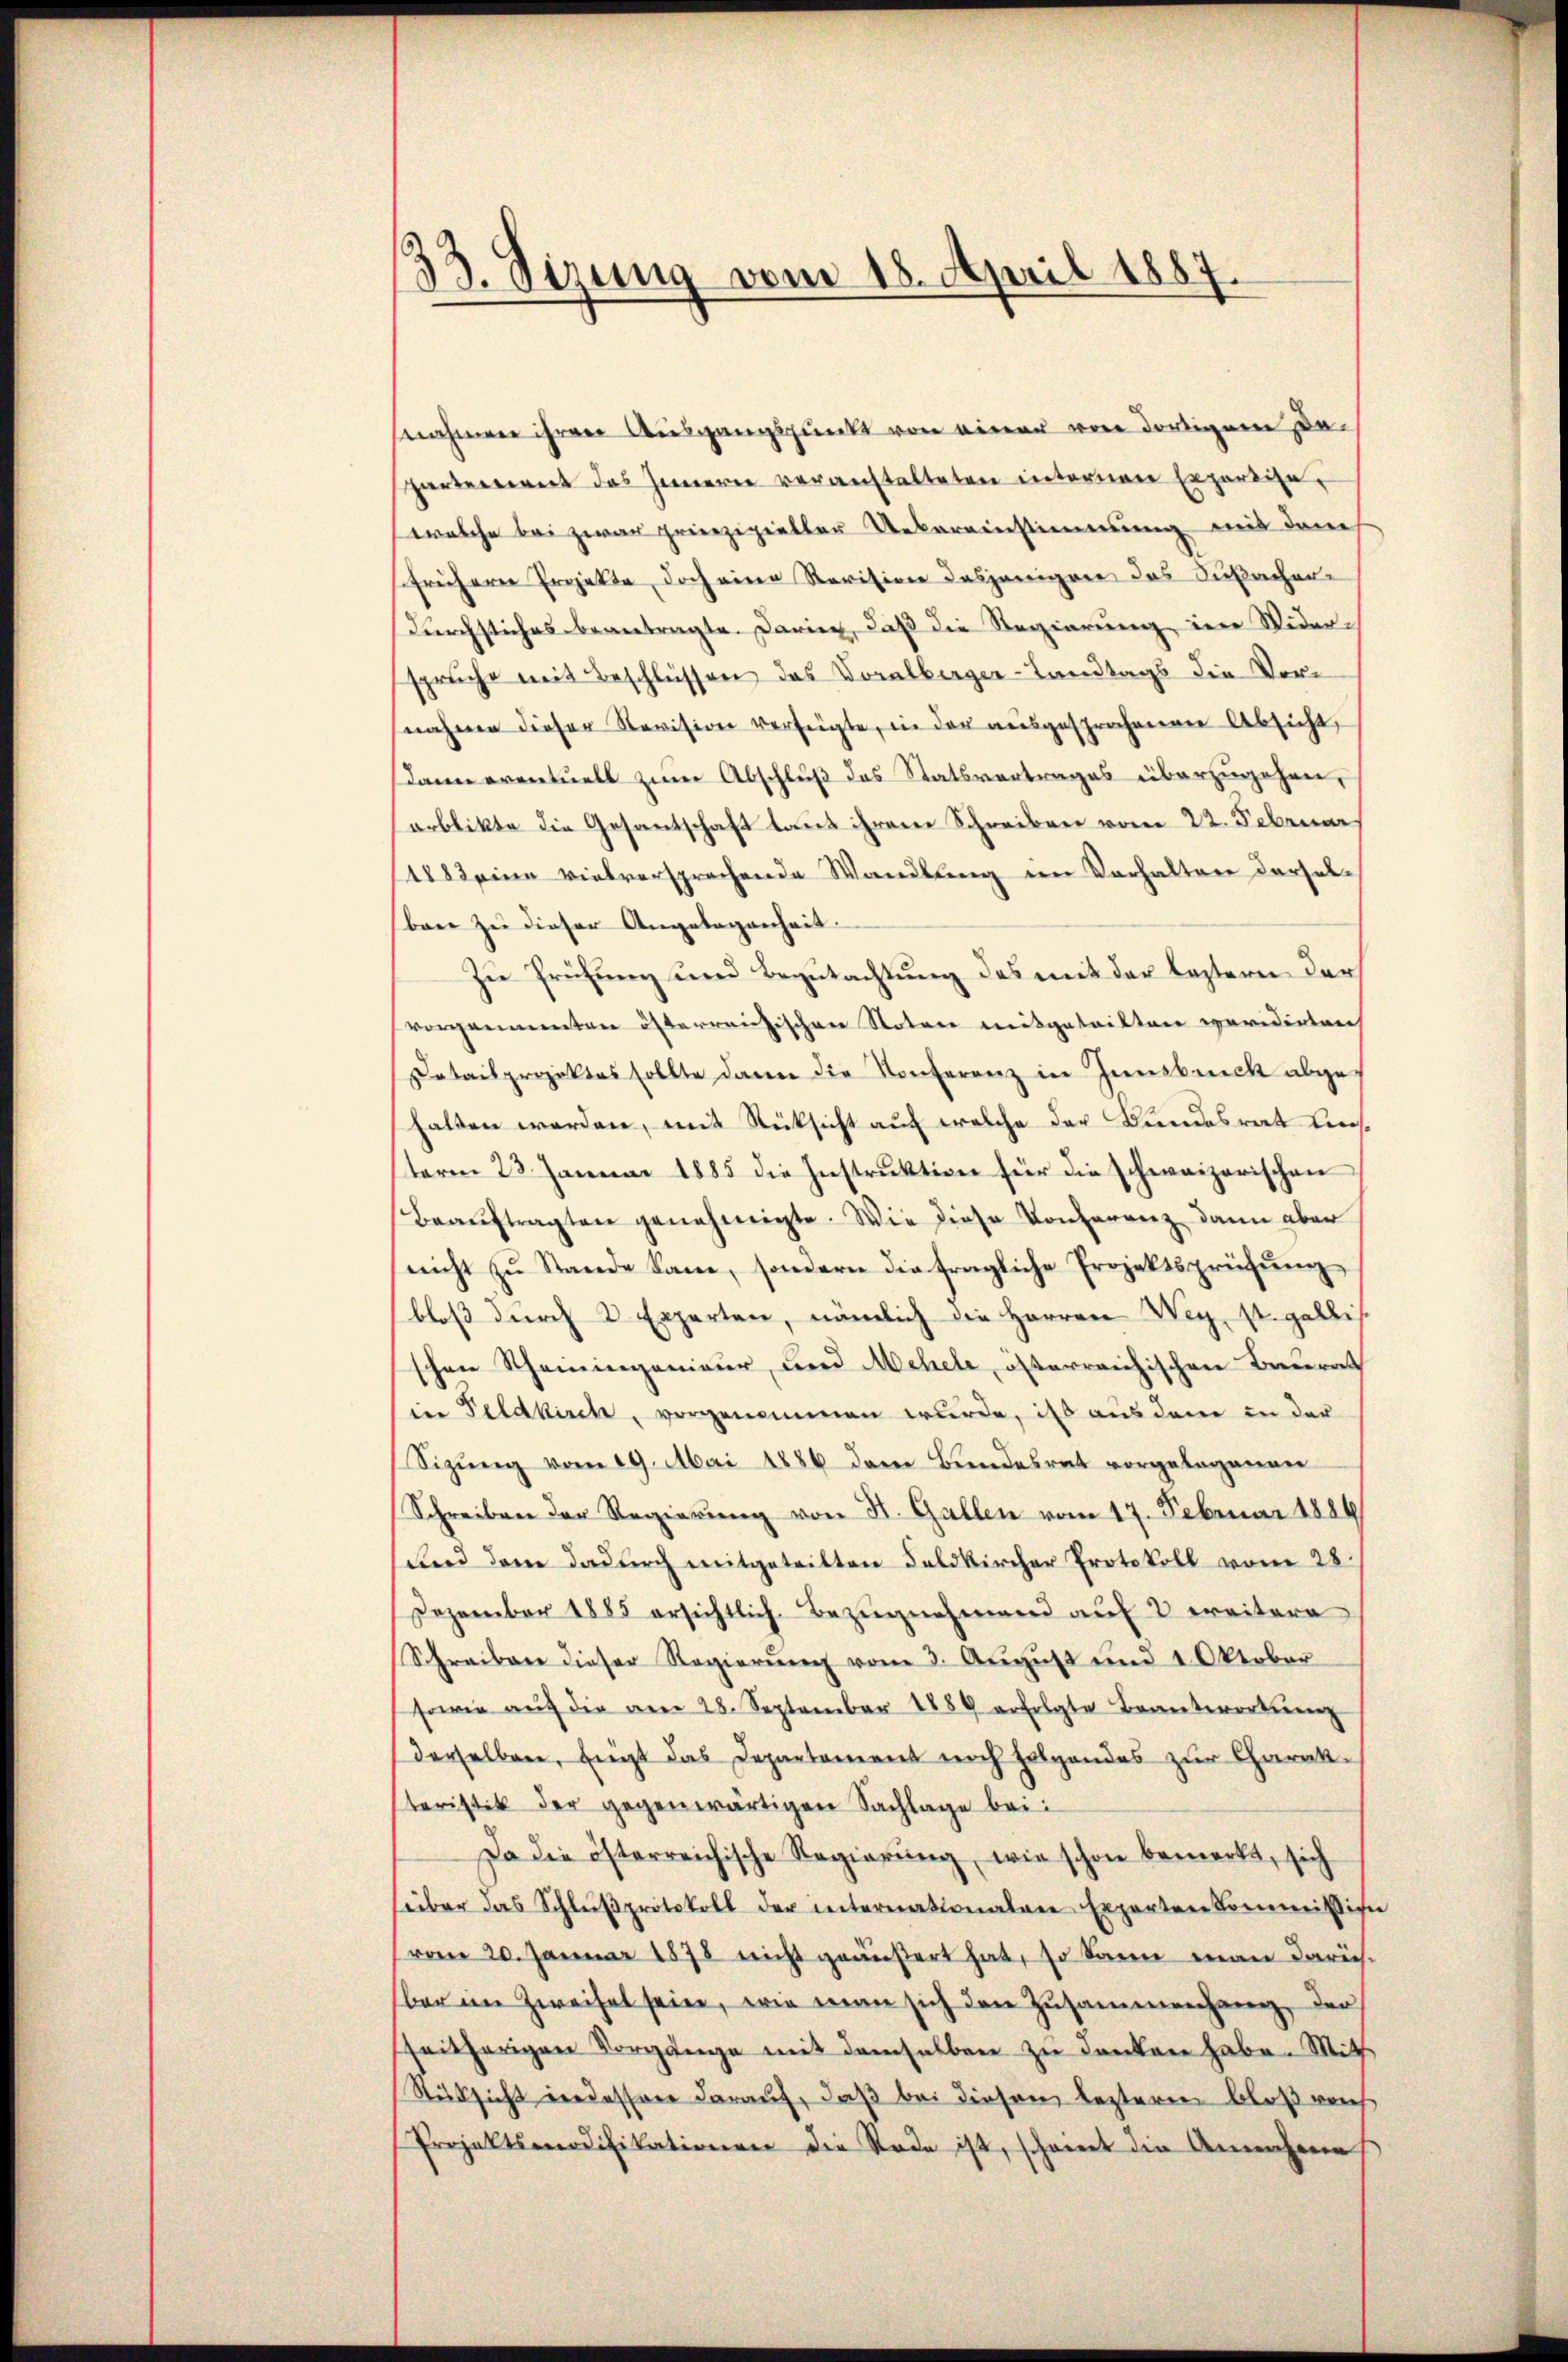
33. Sizung vom 18. April 1887.

nahmen ihren Ausgangspunkt von einer von dortigem Daparteriret das Innern veranstalteten interner Erzärtige,
welche bei zwar prinzipieller Uebereinstimmung mit dene
früherer Projekte, doch eine Revision dasjeniger das Gutacher-
Durchstiches beantragte. Darier, daß die Regierung in Widerspruche mit Beschlüssen das Voralberger-Landtags die Vornahme dieser Revision verfügte, in der ausgesprochenen Absicht,
Dann eventuell zum Abschluß des Statsvertrages überzugehen,
arblikte die Gesantschaft laut ihrem Schreiben vom 22. Februar
Aseine vielversprechende Wandlung im Verhalten derselbare zu dieser Angelegenheit.
Zu Prüfung und Begutachtung des mit der leztern der
vorgenannten österrausischen Notar mitgeteilten revidirten
Detailprojektes sollte dann die Konferenz in Innsbruck abges
halten werden, mit Rücksicht auf welche der Bundesrat liesterm 23. Januar 1885 die Instruktion für die schweizerischen
Beaŭftragten genehmigte. Wie diese Konferenz dann aber
nicht zŭ Stande kam, sondern die fragliche Projektsprüfŭng
bloß durch 2 Experten, nämlich die Herren Weg st. gallis
schen Scheiningenieur, und Mehele, österreichischen Baurat
in Feldkirch, vorgenommen wurde, ist aus dem in der
Sizŭng vom 29. Mai 1886 dem Bundesrat vorgelegenen
Schreiben der Regierŭng von St. Gallen vom 17. Februar 1886
Ried dem dadurch mitgeteilten Feldkircher Protokoll vom 28
Dezember 1885 ersichtlich Bezŭgnehmend auf 2 ereitere
Schreiben dieser Regierŭng vom 3. Aŭgŭst und 1. Oktober
sowie aŭf die am 28. September 1889 erfolgte Beantwortung
derselben. Eingt das Departament noch folgendes zur Charak-
teristik der gegenwärtigen Sachlage bei:
Da die österreichische Regierŭng, wie schon bemerkt, sich
über das Schlŭβprotokoll der internationalen Experten Commission
(vom 20. Januar 1878 nicht geäußert hat, so kann man darübar im Zweifel sein, wie man sich den Zusammenhang, der
seitherigen Vorgänge mit demselben zu denken habe. Mit
Rüksicht werdessen darauf, daß bei diesem lezteren bloß vers
Projektsmodifikationen die Rade ist, scheint die Annahme